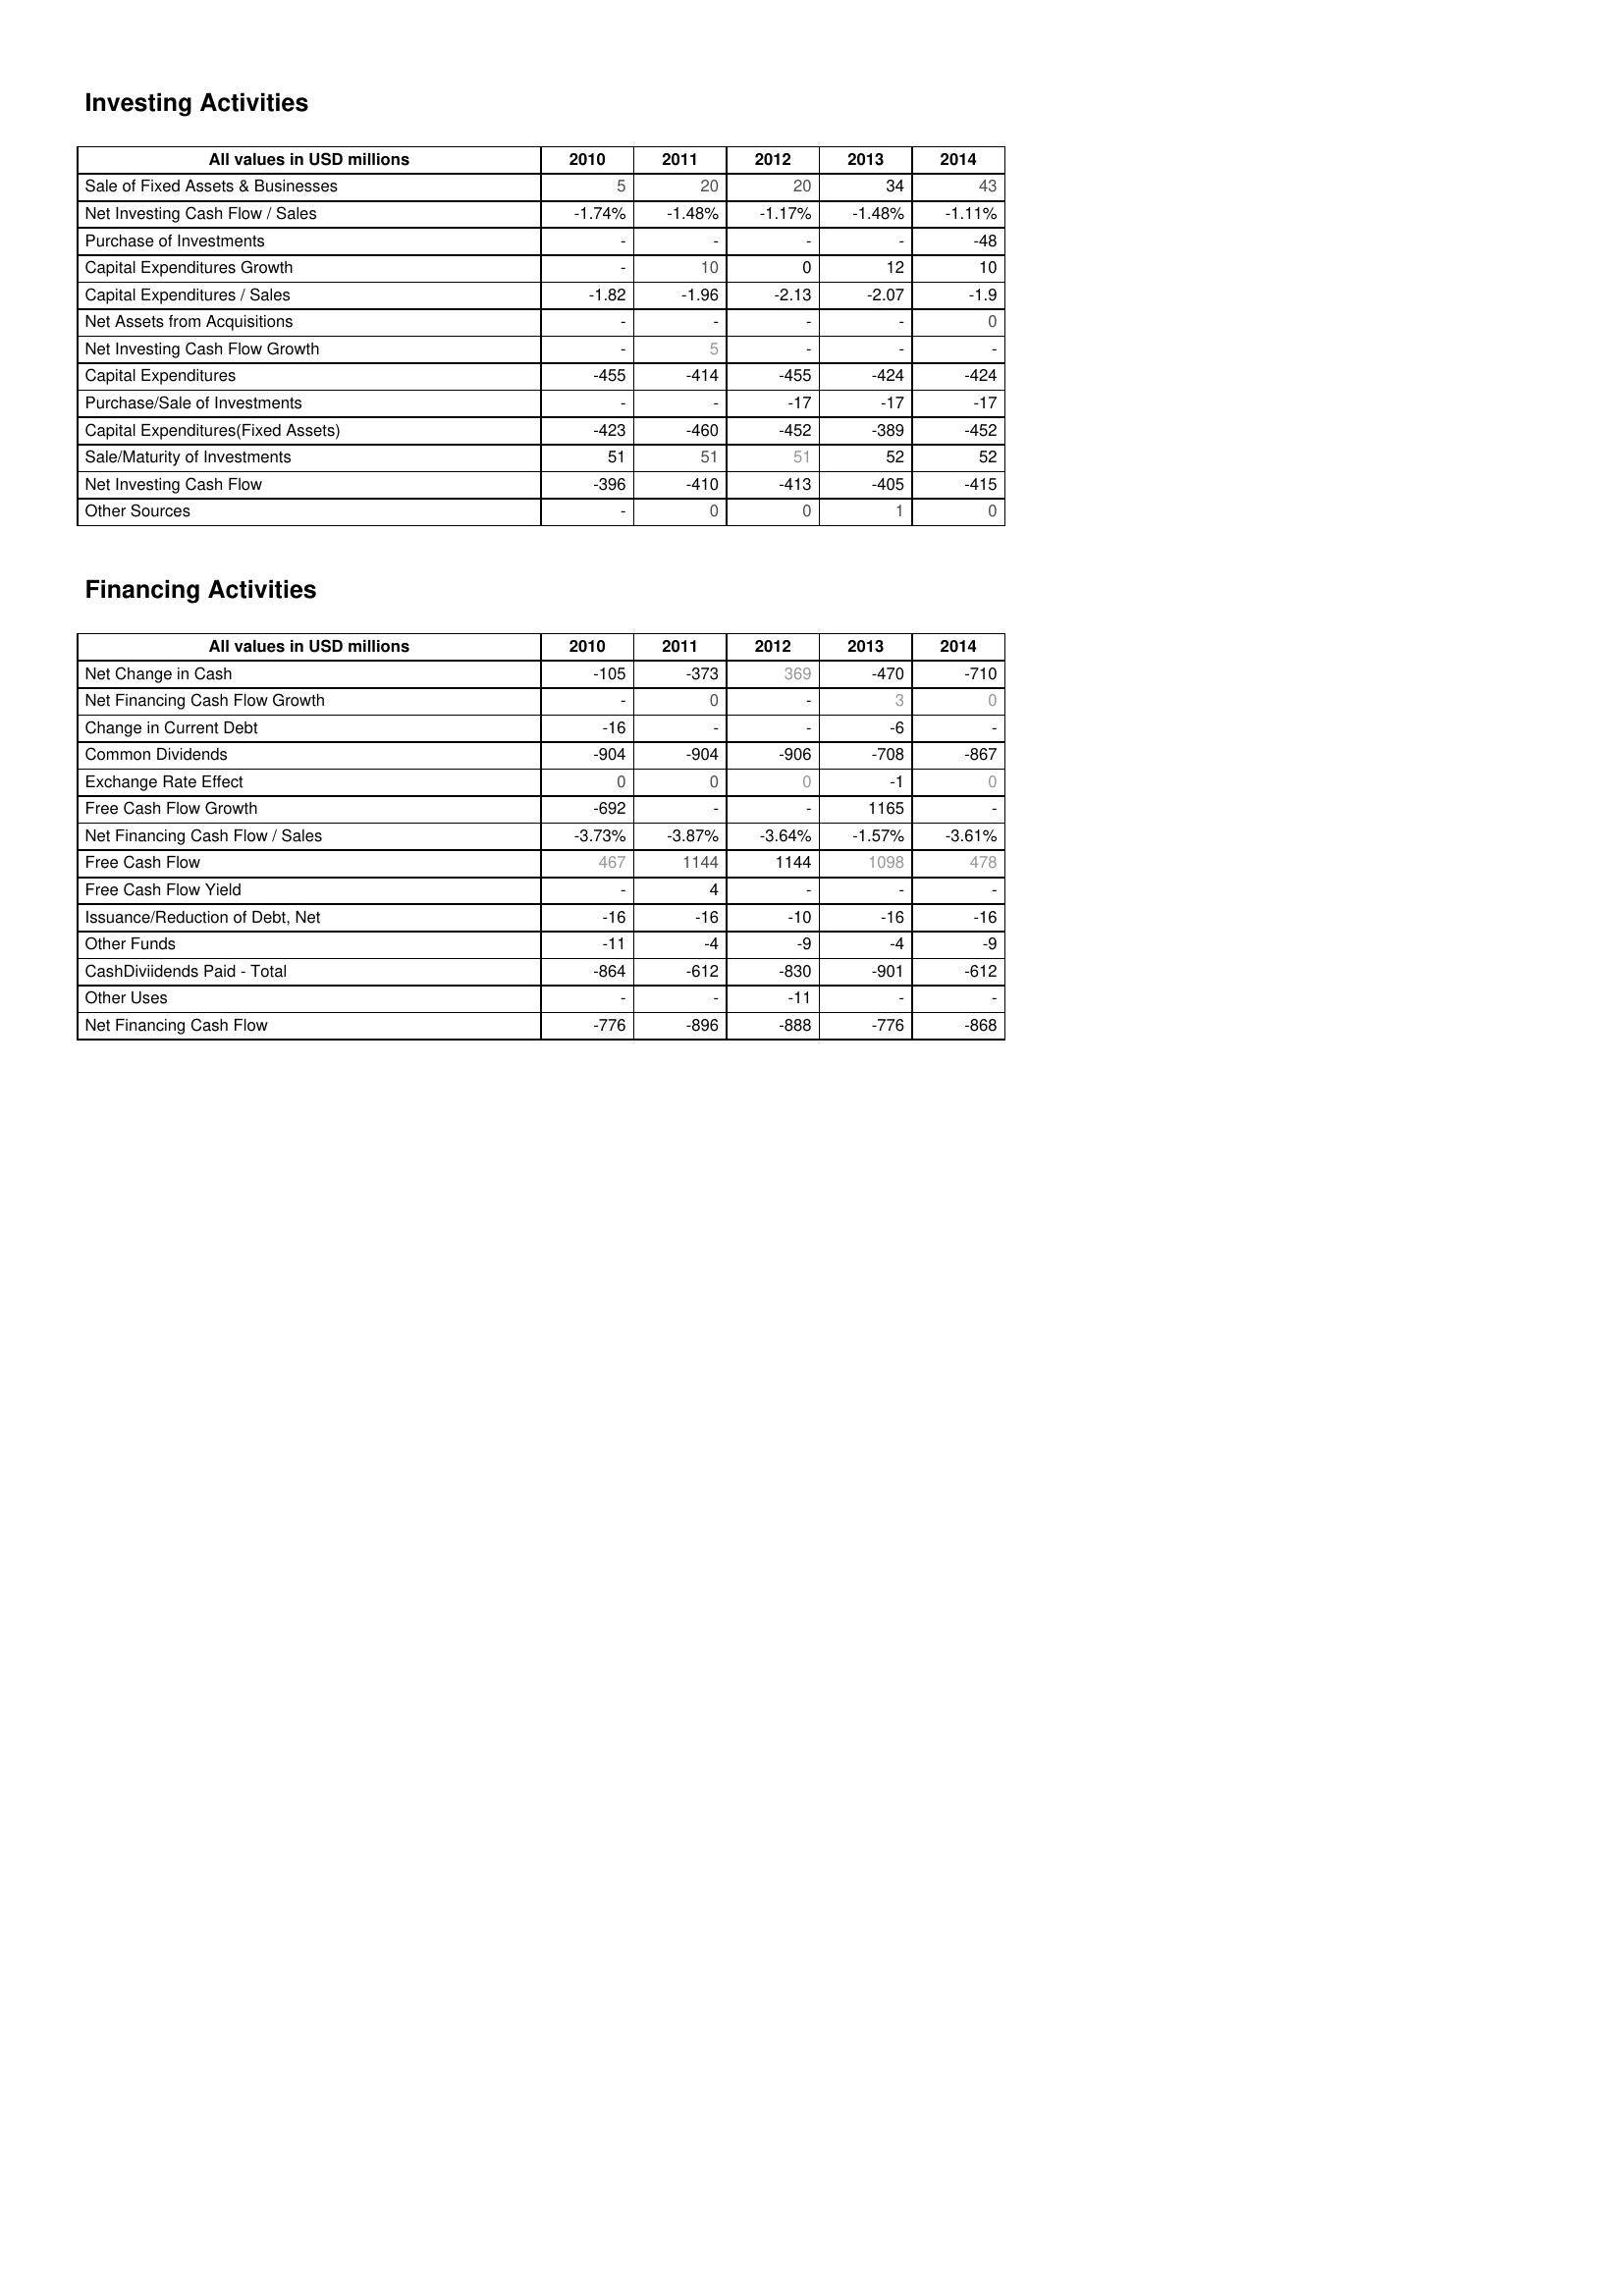
2010: Investing Activities: Sale of Fixed Assets & Businesses: 5
Net Investing Cash Flow / Sales: -1.74%
Purchase of Investments: -
Capital Expenditures Growth: -
Capital Expenditures / Sales: -1.82
Net Assets from Acquisitions: -
Net Investing Cash Flow Growth: -
Capital Expenditures: -455
Purchase/Sale of Investments: -
Capital Expenditures(Fixed Assets): -423
Sale/Maturity of Investments: 51
Net Investing Cash Flow: -396
Other Sources: -
Financing Activities: Net Change in Cash: -105
Net Financing Cash Flow Growth: -
Change in Current Debt: -16
Common Dividends: -904
Exchange Rate Effect: 0
Free Cash Flow Growth: -692
Net Financing Cash Flow / Sales: -3.73%
Free Cash Flow: 467
Free Cash Flow Yield: -
Issuance/Reduction of Debt, Net: -16
Other Funds: -11
CashDiviidends Paid - Total: -864
Other Uses: -
Net Financing Cash Flow: -776
2011: Investing Activities: Sale of Fixed Assets & Businesses: 20
Net Investing Cash Flow / Sales: -1.48%
Purchase of Investments: -
Capital Expenditures Growth: 10
Capital Expenditures / Sales: -1.96
Net Assets from Acquisitions: -
Net Investing Cash Flow Growth: 5
Capital Expenditures: -414
Purchase/Sale of Investments: -
Capital Expenditures(Fixed Assets): -460
Sale/Maturity of Investments: 51
Net Investing Cash Flow: -410
Other Sources: 0
Financing Activities: Net Change in Cash: -373
Net Financing Cash Flow Growth: 0
Change in Current Debt: -
Common Dividends: -904
Exchange Rate Effect: 0
Free Cash Flow Growth: -
Net Financing Cash Flow / Sales: -3.87%
Free Cash Flow: 1144
Free Cash Flow Yield: 4
Issuance/Reduction of Debt, Net: -16
Other Funds: -4
CashDiviidends Paid - Total: -612
Other Uses: -
Net Financing Cash Flow: -896
2012: Investing Activities: Sale of Fixed Assets & Businesses: 20
Net Investing Cash Flow / Sales: -1.17%
Purchase of Investments: -
Capital Expenditures Growth: 0
Capital Expenditures / Sales: -2.13
Net Assets from Acquisitions: -
Net Investing Cash Flow Growth: -
Capital Expenditures: -455
Purchase/Sale of Investments: -17
Capital Expenditures(Fixed Assets): -452
Sale/Maturity of Investments: 51
Net Investing Cash Flow: -413
Other Sources: 0
Financing Activities: Net Change in Cash: 369
Net Financing Cash Flow Growth: -
Change in Current Debt: -
Common Dividends: -906
Exchange Rate Effect: 0
Free Cash Flow Growth: -
Net Financing Cash Flow / Sales: -3.64%
Free Cash Flow: 1144
Free Cash Flow Yield: -
Issuance/Reduction of Debt, Net: -10
Other Funds: -9
CashDiviidends Paid - Total: -830
Other Uses: -11
Net Financing Cash Flow: -888
2013: Investing Activities: Sale of Fixed Assets & Businesses: 34
Net Investing Cash Flow / Sales: -1.48%
Purchase of Investments: -
Capital Expenditures Growth: 12
Capital Expenditures / Sales: -2.07
Net Assets from Acquisitions: -
Net Investing Cash Flow Growth: -
Capital Expenditures: -424
Purchase/Sale of Investments: -17
Capital Expenditures(Fixed Assets): -389
Sale/Maturity of Investments: 52
Net Investing Cash Flow: -405
Other Sources: 1
Financing Activities: Net Change in Cash: -470
Net Financing Cash Flow Growth: 3
Change in Current Debt: -6
Common Dividends: -708
Exchange Rate Effect: -1
Free Cash Flow Growth: 1165
Net Financing Cash Flow / Sales: -1.57%
Free Cash Flow: 1098
Free Cash Flow Yield: -
Issuance/Reduction of Debt, Net: -16
Other Funds: -4
CashDiviidends Paid - Total: -901
Other Uses: -
Net Financing Cash Flow: -776
2014: Investing Activities: Sale of Fixed Assets & Businesses: 43
Net Investing Cash Flow / Sales: -1.11%
Purchase of Investments: -48
Capital Expenditures Growth: 10
Capital Expenditures / Sales: -1.9
Net Assets from Acquisitions: 0
Net Investing Cash Flow Growth: -
Capital Expenditures: -424
Purchase/Sale of Investments: -17
Capital Expenditures(Fixed Assets): -452
Sale/Maturity of Investments: 52
Net Investing Cash Flow: -415
Other Sources: 0
Financing Activities: Net Change in Cash: -710
Net Financing Cash Flow Growth: 0
Change in Current Debt: -
Common Dividends: -867
Exchange Rate Effect: 0
Free Cash Flow Growth: -
Net Financing Cash Flow / Sales: -3.61%
Free Cash Flow: 478
Free Cash Flow Yield: -
Issuance/Reduction of Debt, Net: -16
Other Funds: -9
CashDiviidends Paid - Total: -612
Other Uses: -
Net Financing Cash Flow: -868